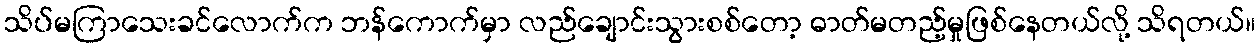
သိပ်မကြာသေးခင်လောက်က ဘန်ကောက်မှာ လည်ချောင်းသွားစစ်တော့ ဓာတ်မတည့်မှုဖြစ်နေတယ်လို့ သိရတယ်။